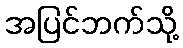
အပြင်ဘက်သို့